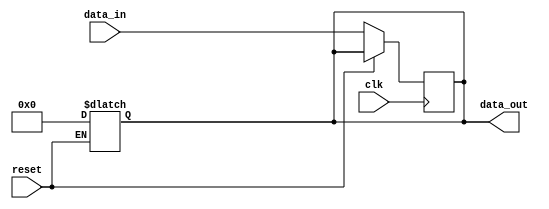
module AsyncResetBehavioralModel (
    input wire clk,          // Clock signal
    input wire reset,        // Asynchronous reset signal
    input wire [7:0] data_in, // Example data input
    output reg [7:0] data_out // Example data output
);

// Asynchronous reset logic with behavioral modeling
always @* begin
    if (reset) begin
        // Reset condition: set output to predefined value
        data_out = 8'b0; // Reset state (can be modified as needed)
    end else begin
        // Normal operation: update output on clock edge
        // This part requires an additional clock edge sensitivity block below
        data_out = data_out; // Keep the current output (default behavior)
    end
end

// Clock edge sensitivity
always @(posedge clk) begin
    if (!reset) begin
        // Normal operation: update output based on input data
        data_out <= data_in; // Update output with input data
    end
end

endmodule